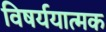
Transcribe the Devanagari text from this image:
विषर्ययात्मक